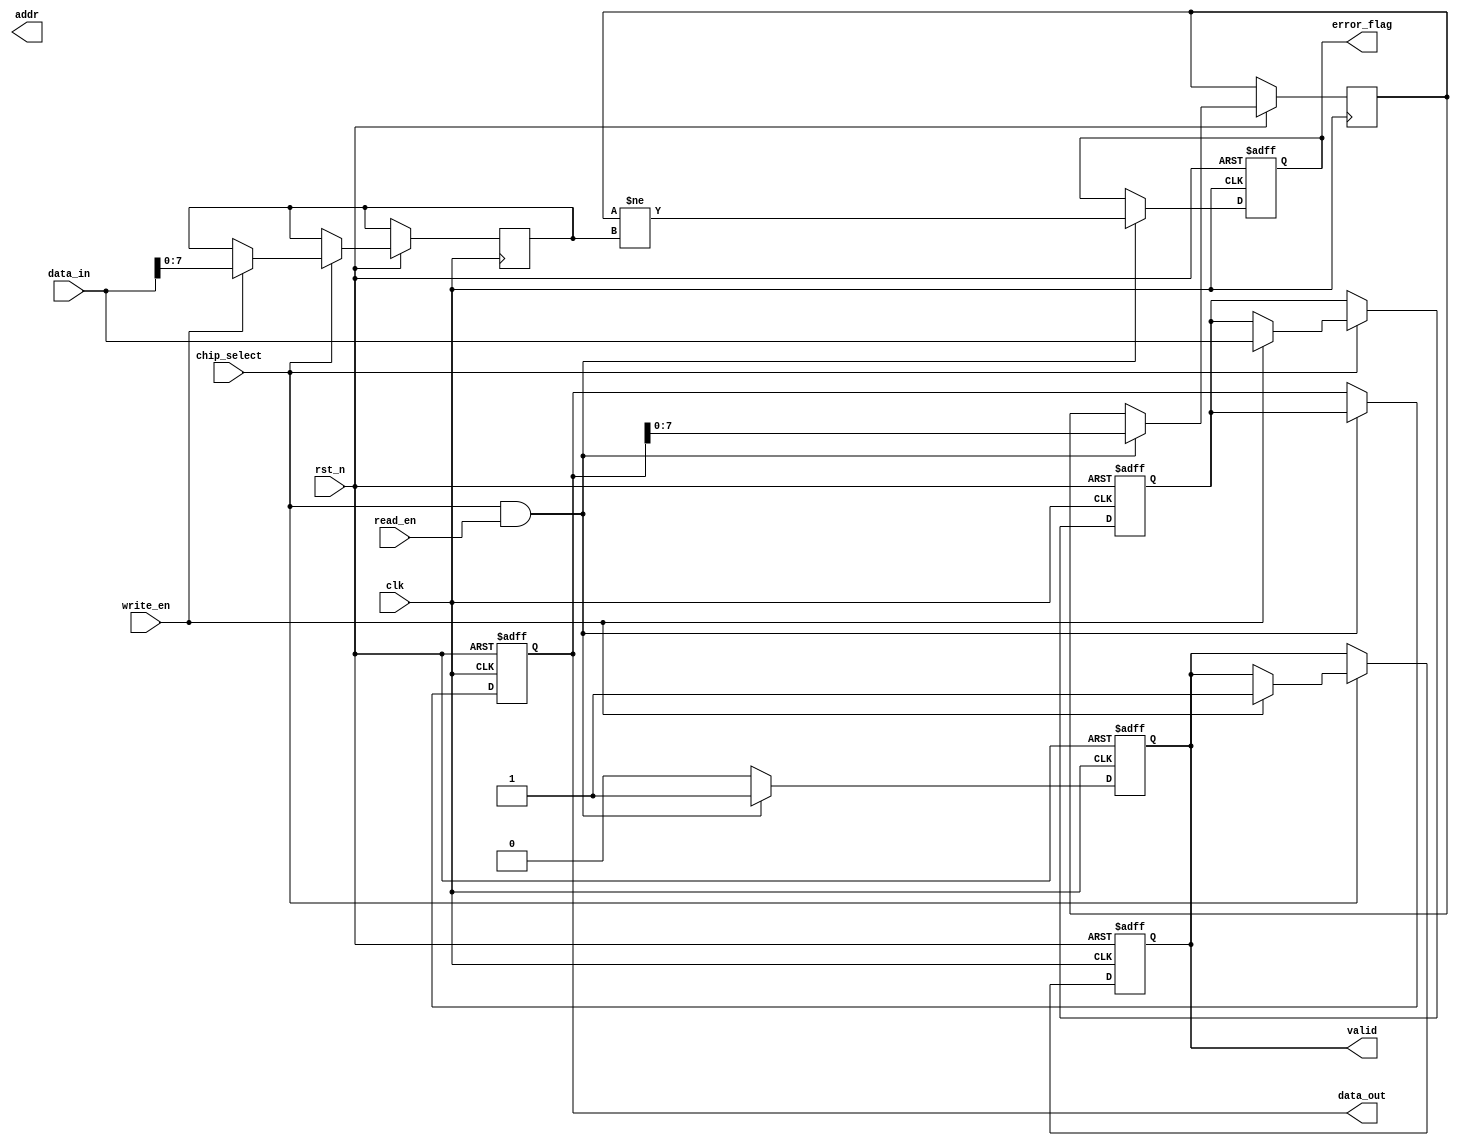
module IO_Block (
    input wire clk,                        // Clock signal
    input wire rst_n,                      // Active low reset
    input wire [DATA_WIDTH-1:0] data_in,  // Data input
    output reg [DATA_WIDTH-1:0] data_out, // Data output
    input wire read_en,                    // Read enable
    input wire write_en,                   // Write enable
    input wire chip_select,                // Chip select signal
    output reg valid,                      // Valid signal for data output
    output reg [ADDR_WIDTH-1:0] addr,     // Address bus
    output reg error_flag                  // Error flag for ECC
);

parameter DATA_WIDTH = 64;                // Width of data bus
parameter ADDR_WIDTH = 32;                // Width of address bus
parameter ECC_WIDTH = 8;                  // Width of ECC code

reg [DATA_WIDTH-1:0] data_buffer;         // Buffer for data
reg [ECC_WIDTH-1:0] ecc_code;              // ECC code storage
reg [ECC_WIDTH-1:0] received_ecc;          // Received ECC for checking

// Input buffer logic
always @(posedge clk or negedge rst_n) begin
    if (!rst_n) begin
        data_buffer <= 0;
        valid <= 0;
    end else if (chip_select) begin
        if (write_en) begin
            data_buffer <= data_in; // Store incoming data
            ecc_code <= calculate_ecc(data_in); // Calculate ECC
            valid <= 1; // Mark data as valid
        end
    end
end

// Output logic
always @(posedge clk or negedge rst_n) begin
    if (!rst_n) begin
        data_out <= 0;
        valid <= 0;
    end else if (chip_select && read_en) begin
        data_out <= data_buffer; // Output the buffered data
        valid <= 1; // Mark data as valid
    end else begin
        valid <= 0; // Invalidate if not reading
    end
end

// ECC Error Checking
always @(posedge clk or negedge rst_n) begin
    if (!rst_n) begin
        error_flag <= 0;
    end else if (chip_select && read_en) begin
        received_ecc <= extract_ecc(data_out); // Extract ECC from output
        error_flag <= (received_ecc != ecc_code); // Set error flag if ECC does not match
    end
end

// Function to calculate ECC
function [ECC_WIDTH-1:0] calculate_ecc;
    input [DATA_WIDTH-1:0] data;
    // ECC calculation logic goes here
    // Placeholder for actual ECC calculation
    calculate_ecc = data[7:0]; // Simple example (not real ECC)
endfunction

// Function to extract ECC from data
function [ECC_WIDTH-1:0] extract_ecc;
    input [DATA_WIDTH-1:0] data;
    // Placeholder for actual ECC extraction logic
    extract_ecc = data[7:0]; // Simple example (not real ECC)
endfunction

endmodule